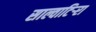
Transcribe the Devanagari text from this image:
साल्वाटिर्‍रा